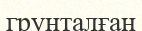
грунталған